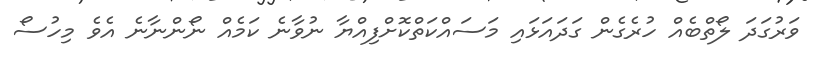
ވަރުގަދަ ލޯތްބެއް ހުރެގެން ގަދައަޅައި މަސައްކަތްކޮށްފިއްޔާ ނުވާނެ ކަމެއް ނޯންނާނެ އެވެ މިހުސޯ